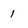
Character: 1